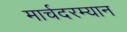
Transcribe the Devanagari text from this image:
मार्चदरम्यान